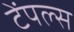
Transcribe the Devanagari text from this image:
टेंपल्स